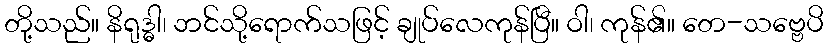
တို့သည်။ နိရုဒ္ဓါ၊ ဘင်သို့ရောက်သဖြင့် ချုပ်လေကုန်ပြီ။ ဝါ၊ ကုန်၏။ တေ-သဗ္ဗေပိ